Annual administration report of the Civil Veterinary Department, Ajmere-Merwara, British Rajputana - 1914-1940
Year: 1914
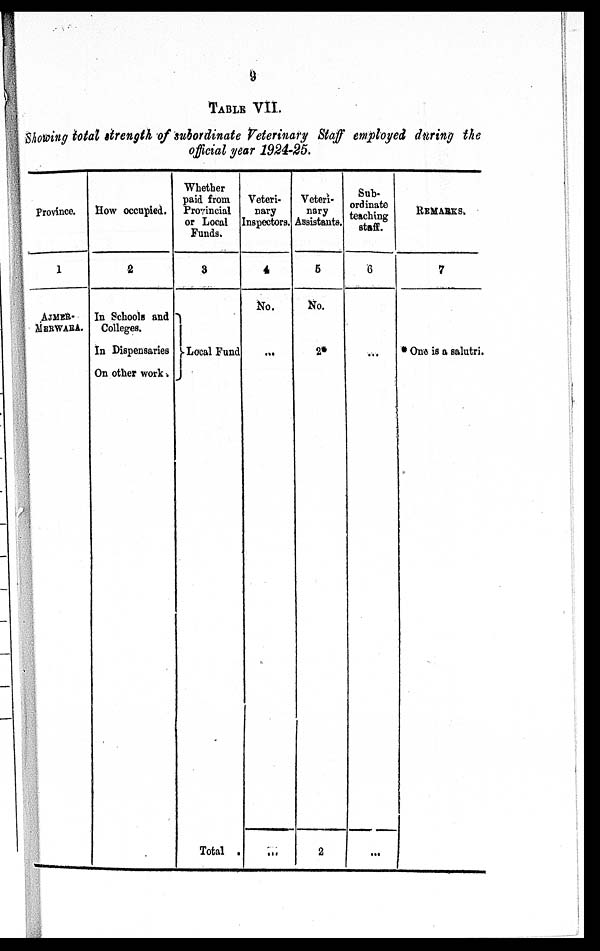
9
TABLE VII.
Showing total strength of subordinate Veterinary Staff employed during the
official year 1924-25.
Province.
1
AJMER¬
MERWARA.
How occupied.
2
In Schools and
Colleges.
In Dispensaries
On other work.
Whether
paid from
Provincial
or Local
Funds.
3
Local Fund
Total
Veteri-
nary
Inspectors.
4
No.
...
...
Veteri-
nary
Assistants.
5
No.
2*
2
Sub-
ordinate
teaching
staff.
6
...
...
REMARKS.
7
*
One is a salutri.